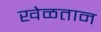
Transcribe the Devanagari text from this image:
खेळतान